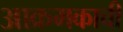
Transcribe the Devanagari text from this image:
आक्रमकाची